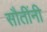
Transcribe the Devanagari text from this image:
सौतींनी